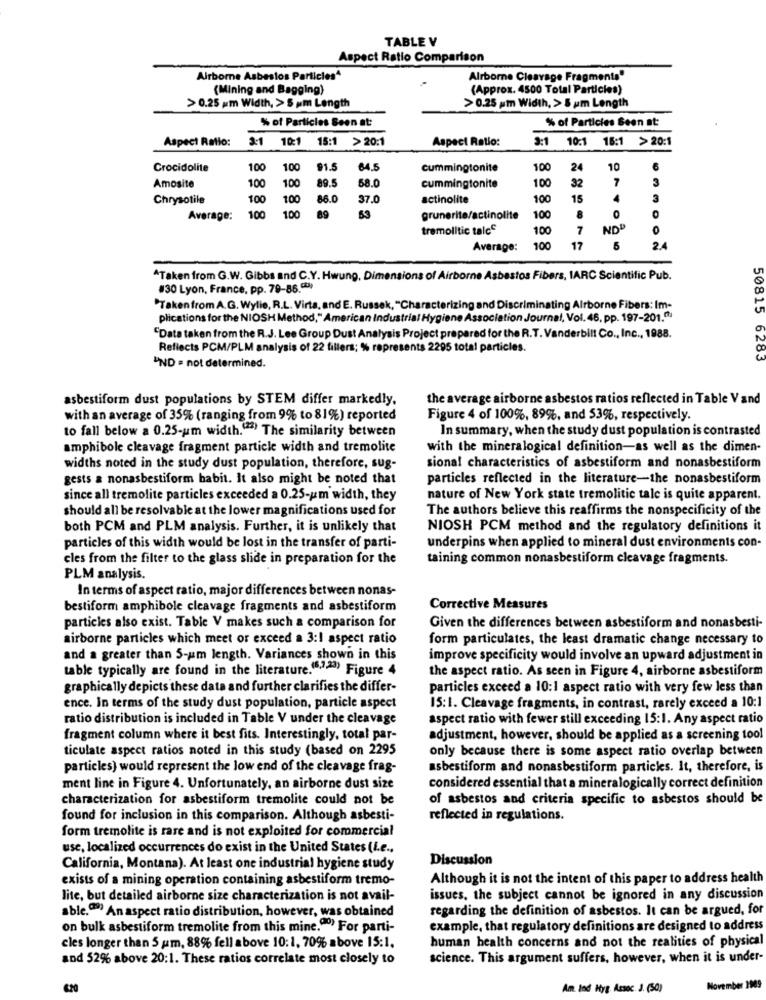
TABLE V
Aspect Ratio Comparison
Airborne Asbestos Particles^
Alrborne Cleavage Fragments"
(Mining and Bagging)
(Approx. 4500 Total Particies)
>0.25 um Width, > 5 um Length
>0.25 um Width, > 5 um Length
% of Particles Seen at
% of Particles Seen at:
Aspect Ratio:
2:1
10:1 15:1 >20:1
Aspect Ratio:
2:1
10:1 15:1 >20:1
Crocidolite
100
100
91.5
64.5
cummingtonite
10
24
10
6
100
89.5
7
3
Amosite
100
58.0
cummingtonite
100
32
Chrysotile
100
100
86.0
37.0
actinolite
100
15
3
Average:
100
100
89
53
grunerite/actinolite
100
8
tremolitic talce
100
7
NOD
0
Average:
100
17
5
2.4
^Taken from G.W. Gibbs and C.Y. Hwung, Dimensions of Airborne Asbestos Fibers, 1ARC Scientific Pub.
#30 Lyon, France, pp. 79-86.0)
"Takenfrom A.G. Wylie, R.L. Virta, and E. Russek, "Characterizing and Discriminating Airborne Fibers: Im-
50815
plications for the NIOSH Method," American Industrial Hygiene Association Journal, Vol. 48, pp. 197-201.ª
"Data taken from the R.J. Lee Group Dust Analysis Project prepared for the R.T. Vanderbilt Co ., Inc ., 1988.
Reflects PCM/PLM analysis of 22 fillers; % represents 2295 total particles.
6283
UND = not determined.
asbestiform dust populations by STEM differ markedly.
the average airborne asbestos ratios reflected in Table Vand
with an average of 35% (ranging from 9% to 81%) reported
Figure 4 of 100%, 89%, and 53%, respectively.
to fall below a 0.25-um width.(#) The similarity between
In summary, when the study dust population is contrasted
amphibole cleavage fragment particle width and tremolite
with the mineralogical definition-as well as the dimen-
widths noted in the study dust population, therefore, sug-
sional characteristics of asbestiform and nonasbestiform
gests a nonasbestiform habit. It also might be noted that
particles reflected in the literature-the nonasbestiform
since all tremolite particles exceeded a 0.25-um width, they
nature of New York state tremolitic tale is quite apparent.
should all be resolvable at the lower magnifications used for
The authors believe this reaffirms the nonspecificity of the
both PCM and PLM analysis. Further, it is unlikely that
NIOSH PCM method and the regulatory definitions it
particles of this width would be lost in the transfer of parti-
underpins when applied to mineral dust environments con-
cles from the filter to the glass slide in preparation for the
taining common nonasbestiform cleavage fragments.
PLM analysis.
In terms of aspect ratio, major differences between nonas-
bestiform amphibole cleavage fragments and asbestiform
Corrective Measures
particles also exist. Table V makes such a comparison for
Given the differences between asbestiform and nonasbesti-
airborne particles which meet or exceed a 3:1 aspect ratio
form particulates, the least dramatic change necessary to
and a greater than 5-um length. Variances shown in this
improve specificity would involve an upward adjustment in
table typically are found in the literature.(6,7.23) Figure 4
the aspect ratio. As seen in Figure 4, airborne asbestiform
graphically depicts these data and further clarifies the differ-
particles exceed a 10:1 aspect ratio with very few less than
ence. In terms of the study dust population, particle aspect
15:1. Cleavage fragments, in contrast, rarely exceed a 10:1
ratio distribution is included in Table V under the cleavage
aspect ratio with fewer still exceeding 15:1. Any aspect ratio
fragment column where it best fits. Interestingly, total par-
adjustment, however, should be applied as a screening tool
ticulate aspect ratios noted in this study (based on 2295
only because there is some aspect ratio overlap between
particles) would represent the low end of the cleavage frag-
asbestiform and nonasbestiform particles. It, therefore, is
ment line in Figure 4. Unfortunately, an airborne dust size
considered essential that a mineralogically correct definition
characterization for asbestiform tremolite could not be
of asbestos and criteria specific to asbestos should be
found for inclusion in this comparison. Although asbesti-
reflected in regulations.
form tremolite is rare and is not exploited for commercial
use, localized occurrences do exist in the United States (L.e .,
Discussion
California, Montana). At least one industrial hygiene study
exists of a mining operation containing asbestiform tremo-
Although it is not the intent of this paper to address health
lite, but detailed airborne size characterization is not avail-
issues, the subject cannot be ignored in any discussion
able.) An aspect ratio distribution, however, was obtained
regarding the definition of asbestos. It can be argued, for
on bulk asbestiform tremolite from this mine.ºº) For parti-
example, that regulatory definitions are designed to address
human health concerns and not the realities of physical
cles longer than 5 um, 88% fell above 10:1, 70% above 15:1.
and 52% above 20:1. These ratios correlate most closely to
science. This argument suffers, however, when it is under-
Am. Ind Hyg. Assoc. J. (50)
November 1989